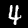
Label: 4